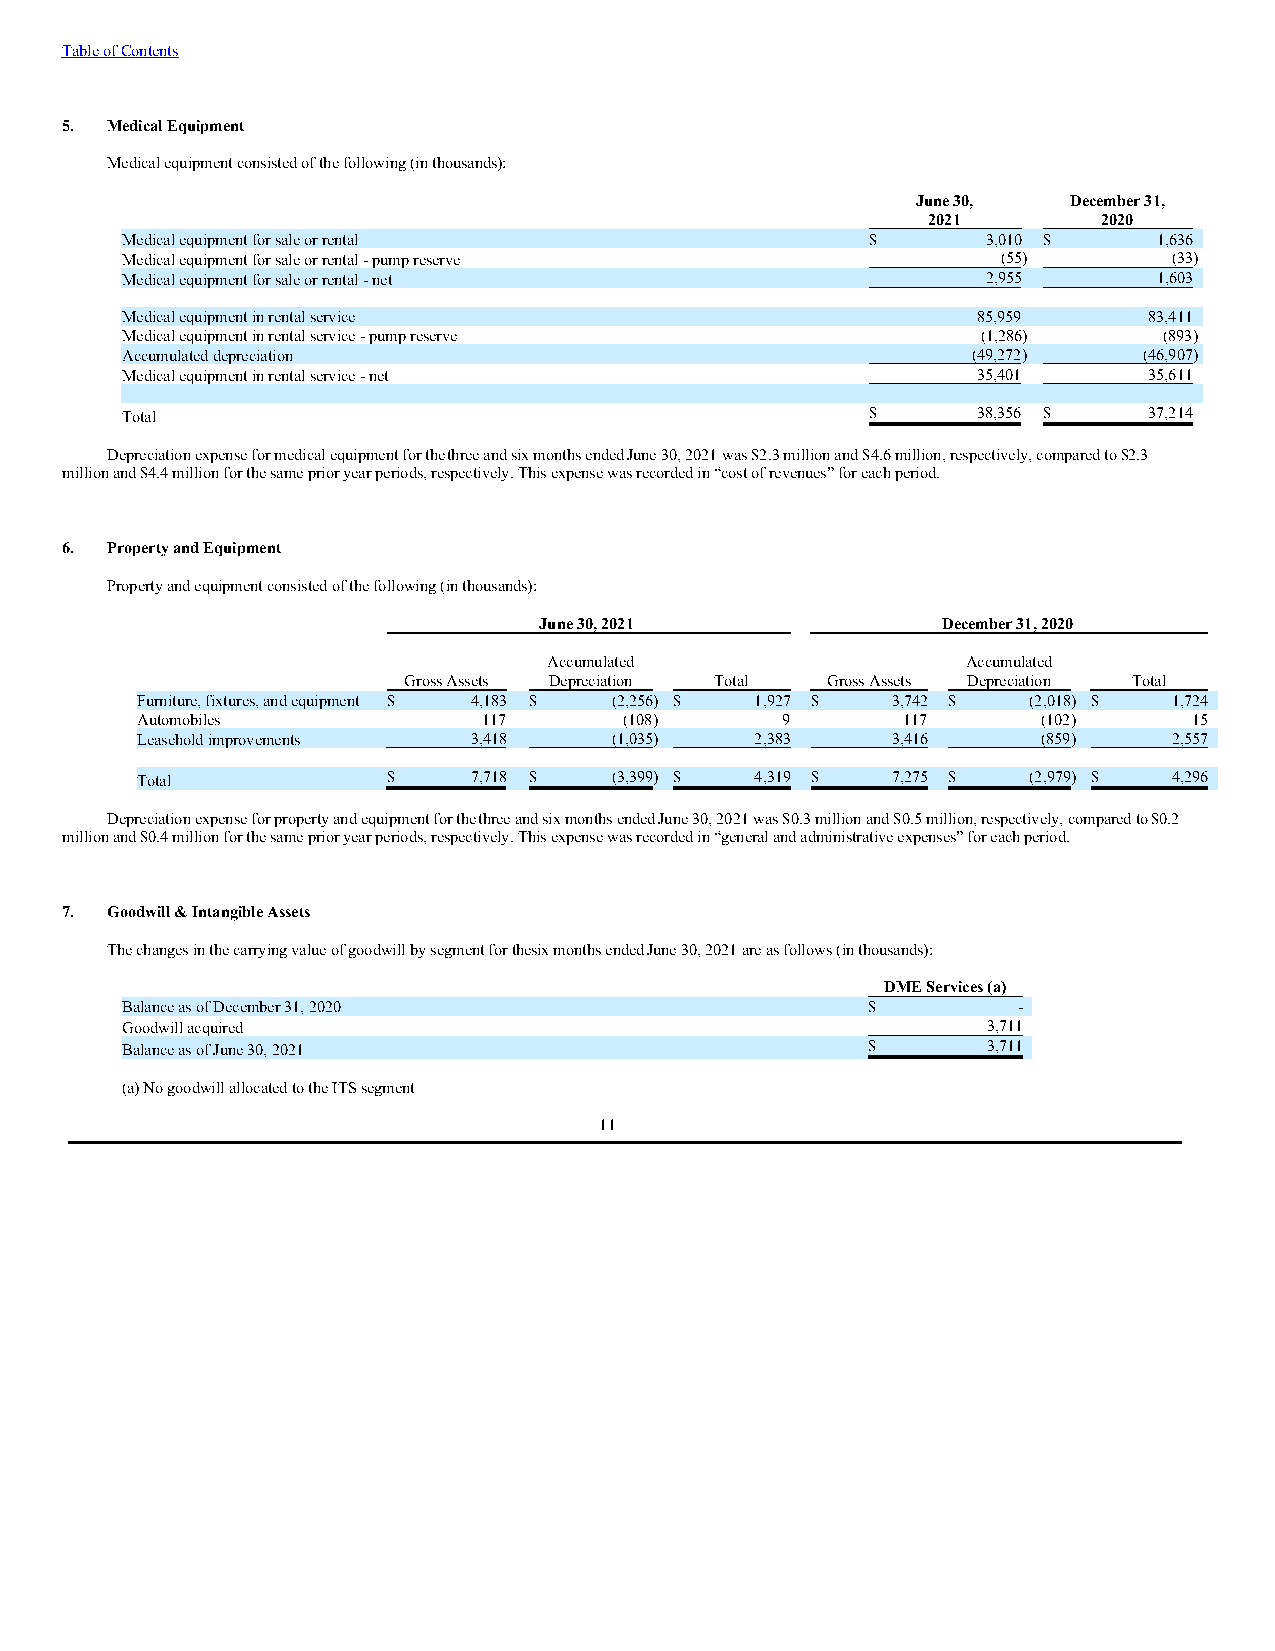
Table of Contents
 5. Medical Equipment
 Medical equipment consisted of the following (in thousands):
 June 30,  December 31,
 2021        2020
 Medical equipment for sale or rental              $      3,010 $     1,636
 Medical equipment for sale or rental - pump reserve       (55)        (33)
 Medical equipment for sale or rental - net               2,955       1,603
 Medical equipment in rental service                      85,959     83,411
 Medical equipment in rental service - pump reserve       (1,286)     (893)
 Accumulated depreciation                                (49,272)    (46,907)
 Medical equipment in rental service - net                35,401     35,611
 Total                                             $      38,356 $   37,214
 Depreciation expense for medical equipment for the three and six months ended June 30, 2021 was $2.3 million and $4.6 million, respectively, compared to $2.3
 million and $4.4 million for the same prior year periods, respectively. This expense was recorded in “cost of revenues” for each period.
 6. Property and Equipment
 Property and equipment consisted of the following (in thousands):
 June 30, 2021             December 31, 2020
 Accumulated                 Accumulated
 Gross Assets Depreciation Total Gross Assets Depreciation Total
 Furniture, fixtures, and equipment $ 4,183 $ (2,256) $ 1,927 $ 3,742 $ (2,018) $ 1,724
 Automobiles            117      (108)      9       117      (102)     15
 Leasehold improvements 3,418    (1,035)  2,383    3,416     (859)    2,557
 Total            $    7,718 $   (3,399) $ 4,319 $ 7,275 $  (2,979) $ 4,296
 Depreciation expense for property and equipment for the three and six months ended June 30, 2021 was $0.3 million and $0.5 million, respectively, compared to $0.2
 million and $0.4 million for the same prior year periods, respectively. This expense was recorded in “general and administrative expenses” for each period.
 7. Goodwill & Intangible Assets
 The changes in the carrying value of goodwill by segment for thes ix months ended June 30, 2021 are as follows (in thousands):
 DME Services (a)
 Balance as of December 31, 2020                  $         -
 Goodwill acquired                                        3,711
 Balance as of June 30, 2021                      $       3,711
 (a) No goodwill allocated to the ITS segment
 11